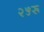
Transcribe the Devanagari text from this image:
२५रू